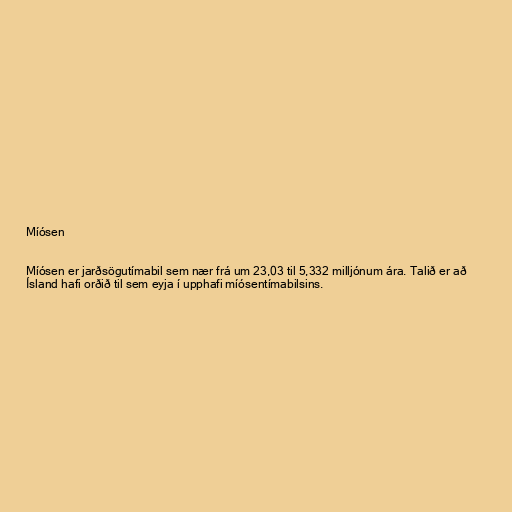
Míósen

Míósen er jarðsögutímabil sem nær frá um 23,03 til 5,332 milljónum ára. Talið er að
Ísland hafi orðið til sem eyja í upphafi míósentímabilsins.